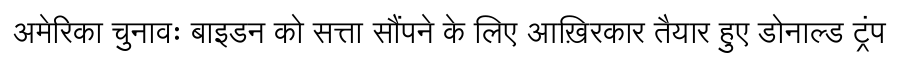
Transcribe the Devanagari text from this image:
अमेरिका चुनावः बाइडन को सत्ता सौंपने के लिए आख़िरकार तैयार हुए डोनाल्ड ट्रंप